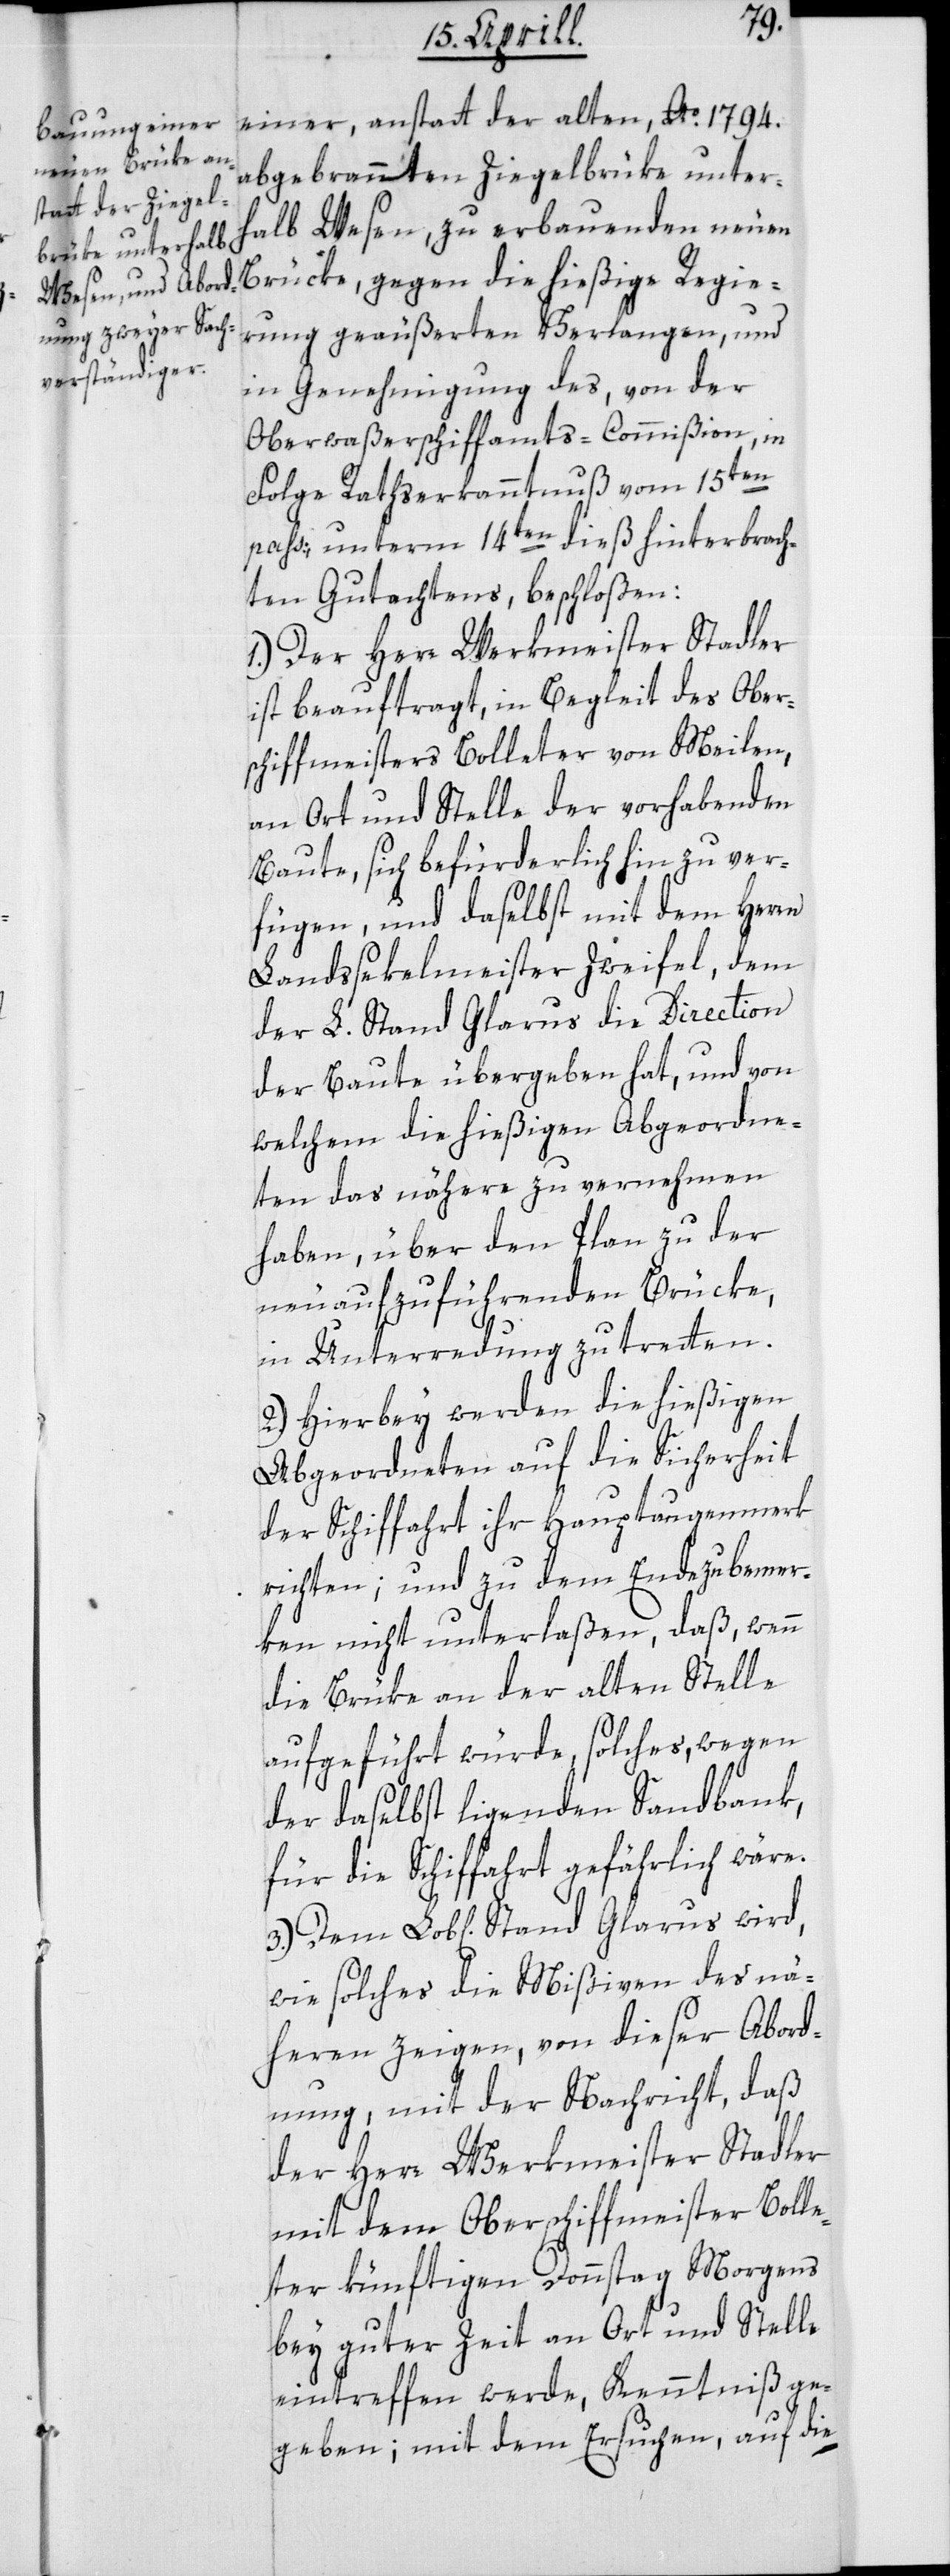
einer, anstatt der alten, Ao. 1794.
abgebrannten Ziegelbrüke unter¬
halb Wesen, zu erbauenden neuen
Brücke, gegen die hießige Regie¬
rung geäußerten Verlangen, und
in Genehmigung des, von der
Oberwaßerschiffamts-Commißion, in
Folge Rathserkanntnuß vom 15ten
pass., unterm 14ten dieß hinterbrach¬
ten Gutachtens, beschloßen:
1.) Der Herr Werkmeister Stadler
ist beauftragt, in Begleit des Ober¬
schiffmeisters Bolleter von Meilen,
an Ort und Stelle der vorhabenden
Baute, sich befürderlich hin zu ver¬
fügen, und daselbst mit dem Herrn
Landssekelmeister Zweifel, dem
der L. Stand Glarus die Direction
der Baute übergeben hat, und von
welchem die hießigen Abgeordne¬
ten das nähere zu vernehmen
haben, über den Plan zu der
neu aufzuführenden Brüke,
Glarus
in Unterredung zu tretten.
2.) Hierbey werden die hießigen
Abgeordneten auf die Sicherheit
der Schiffahrt ihr Hauptaugenmerk
richten; und zu dem Ende zu bemer¬
ken nicht unterlaßen, daß wenn
die Brüke an der alten Stelle
aufgeführt würde, solches wegen
der daselbst liegenden Sandbank
für die Schiffahrt gefährlich wäre.
wie solches die Mißiven des nä¬
heren zeigen, von dieser Abord¬
nung mit der Nachricht, daß
der Herr Werkmeister Stadler
mit dem Oberschiffmeister Bolle¬
ter künftigen Donnstag Morgens
bey guter Zeit an Ort und Stelle
eintreffen werde, Kenntniß ge¬
geben; mit dem Ersuchen, auf die